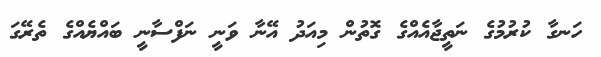
ހަނގާ ކުރުމުގެ ނަތީޖާއެއްގެ ގޮތުން މިއަދު އޭނާ ވަނީ ނަފްސާނީ ބައްޔެއްގެ ތެރޭގަ